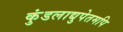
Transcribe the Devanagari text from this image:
कुंडलाद्युपेतमपि